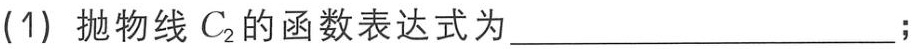
(1) 抛物线\(C_{2}\)的函数表达式为____________________；